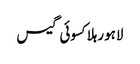
لاہورہلاکسوئی گیس